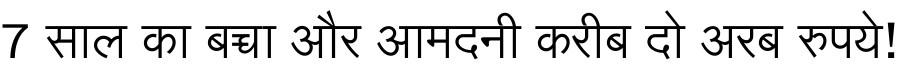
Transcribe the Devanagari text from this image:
7 साल का बच्चा और आमदनी करीब दो अरब रुपये!